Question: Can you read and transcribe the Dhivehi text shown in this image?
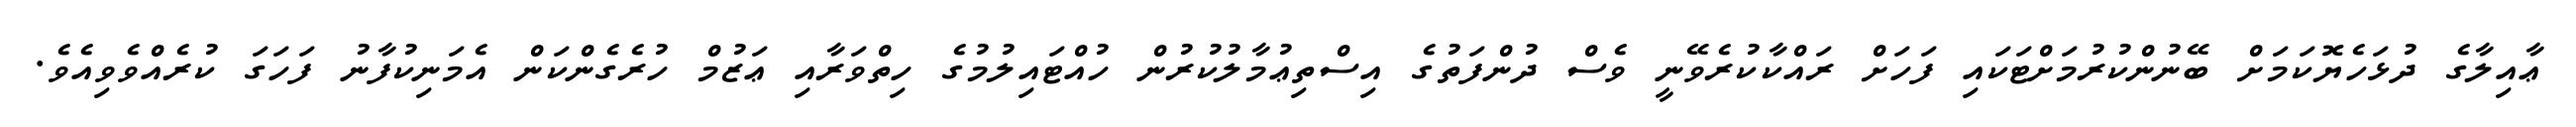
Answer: ޢާއިލާގެ ދުޅަހެޔޮކަމަށް ބޭނުންކުރުމަށްޓަކައި ފަހަށް ރައްކާކުރެވޭނީ ވެސް ދުންފަތުގެ އިސްތިޢުމާލުކުރުން ހުއްޓައިލުމުގެ ހިތްވަރާއި ޢަޒުމް ހުރެގެންކަން އެމަނިކުފާނު ފަހަގަ ކުރެއްވެވިއެވެ.